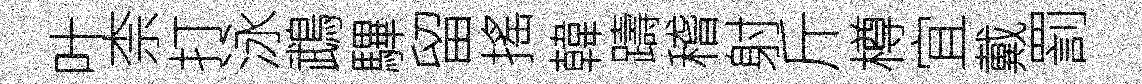
叶柰打泳鵡驆留搖韓躊稽射斤樽宜戴罰